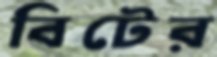
বিটের